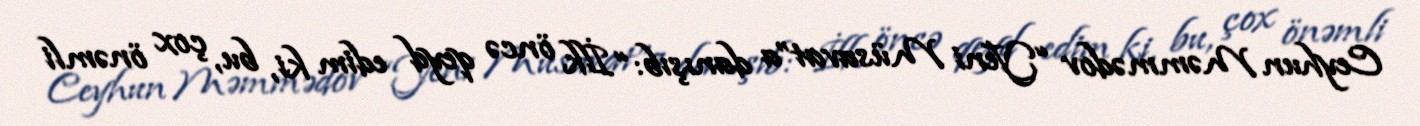
Ceyhun Məmmədov “Yeni Müsavat”a danışıb: “İlk öncə qeyd edim ki, bu, çox önəmli